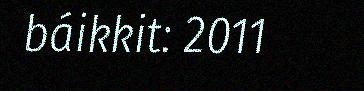
báikkit: 2011